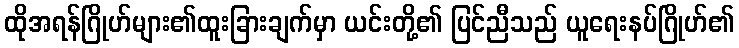
ထိုအရန်ဂြိုဟ်များ၏ထူးခြားချက်မှာ ယင်းတို့၏ ပြင်ညီသည် ယူရေးနပ်ဂြိုဟ်၏